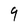
Character: 9